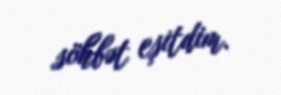
söhbət eşitdim.